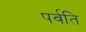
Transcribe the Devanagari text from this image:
पर्वति